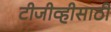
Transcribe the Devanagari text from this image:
टीजीव्हीसाठी